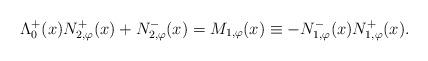
LaTeX: \begin{align*}\Lambda^{+}_{0}(x) N_{2,\varphi}^{+}(x) + N_{2,\varphi}^{-}(x) = M_{1, \varphi}(x) \equiv - N_{1,\varphi}^{-}(x) N_{1,\varphi}^{+}(x).\end{align*}